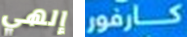
إلهي كارفور